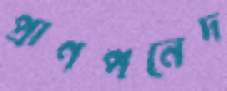
প্রাণপনেদ